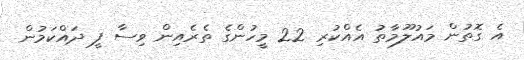
އެ ގޮތުން މައުލޫމާތު އެއްކުރި 22 މީހުންގެ ތެރެއިން ވިސާ ފީ ދައްކަމުން